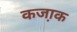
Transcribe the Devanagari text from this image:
कजा़क